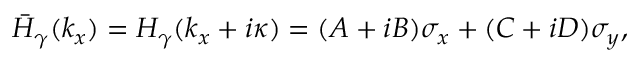
\begin{array} { r } { \bar { H } _ { \gamma } ( k _ { x } ) = H _ { \gamma } ( k _ { x } + i \kappa ) = ( A + i B ) \sigma _ { x } + ( C + i D ) \sigma _ { y } , } \end{array}